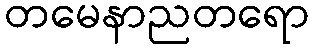
တမေနာညတရော